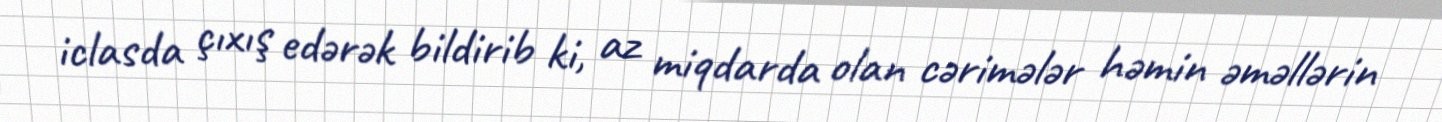
iclasda çıxış edərək bildirib ki, az miqdarda olan cərimələr həmin əməllərin